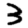
Digit: 3